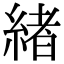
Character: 緖